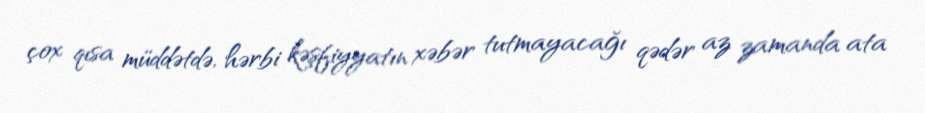
çox qısa müddətdə, hərbi kəşfiyyatın xəbər tutmayacağı qədər az zamanda ata